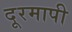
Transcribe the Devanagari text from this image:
दूरमापी